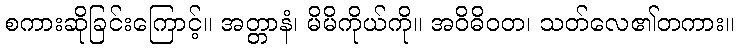
စကားဆိုခြင်းကြောင့်။ အတ္တာနံ၊ မိမိကိုယ်ကို။ အဝိဓိဝတ၊ သတ်လေ၏တကား။